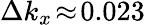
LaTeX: \Delta k_{x}\! \approx\! 0.023